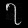
Digit: ၇